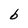
Character: b